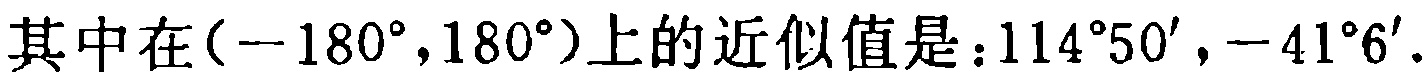
其中在\((-180^{\circ},180^{\circ})\)上的近似值是：\(114^{\circ}50', - 41^{\circ}6'\)。